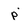
Character: p